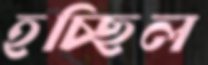
হচ্ছিল